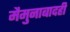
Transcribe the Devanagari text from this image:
मैमुनाबादही